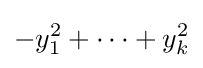
-y_{1}^{2}+\cdots +y_{k}^{2}